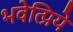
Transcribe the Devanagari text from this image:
भवेत्प्रिये